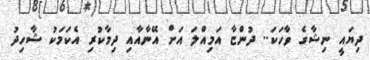
ދިޔައީ ނިޝާގެ ވާހަކަ.. ދުންޏާ އަމިއްލަ އަށް އޭނާއާއި ދިމާކުރި އެކަމަކު ޝާހިދު